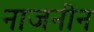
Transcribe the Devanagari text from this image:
नाजनीन